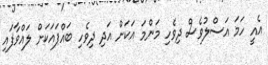
އެއީ ހަމަ އަސްލުވެސް ދިވެހި މަންމަ އަކަށް އަދި ދިވެހި ބައްޕައަކަށް ލައްވާފައި